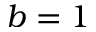
b = 1